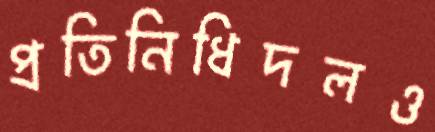
প্রতিনিধিদলও